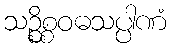
သဉ္စိစ္စဝဓသပ္ပါဏံ